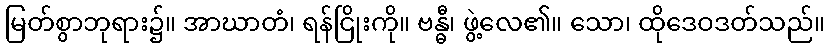
မြတ်စွာဘုရား၌။ အာဃာတံ၊ ရန်ငြိုးကို။ ဗန္ဓီ၊ ဖွဲ့လေ၏။ သော၊ ထိုဒေဝဒတ်သည်။